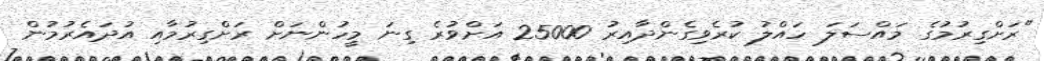
"ރަށްގިރުމުގެ މައްސަލަ ހައްލު ކުރެވިގެންދާއިރު 25000 އަށްވުރެ ގިނަ މީހުންނަށް ރަށްގިރުމާއި އުދައެރުމުން